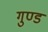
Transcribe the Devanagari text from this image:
गुण्ड